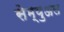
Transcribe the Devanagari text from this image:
सेम्‍युअल